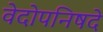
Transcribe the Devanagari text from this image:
वेदोपनिषदे